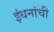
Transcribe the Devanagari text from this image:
इंधनांची